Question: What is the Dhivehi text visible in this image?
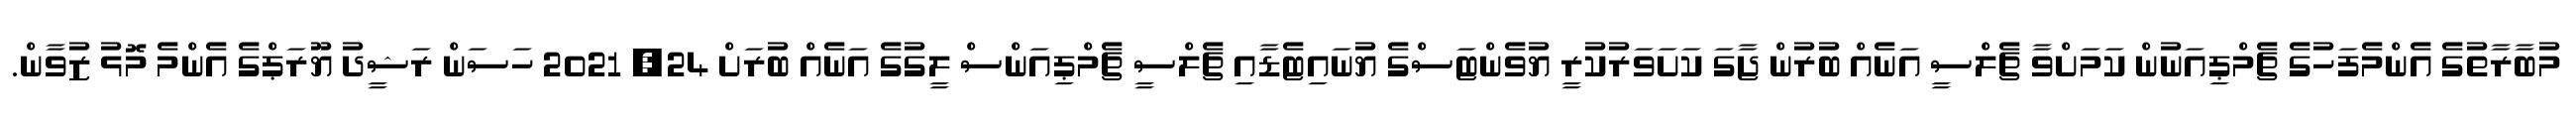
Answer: މުބާރާތުގެ އެންމެފަހުގެ ޗެމްޕިއަނުން ކަމަށްވާ ޗެލްސީ އަނެއް ބުރުން ޖާގަ ކަށަވަރުކުރީ ޔުވެންޓަސްގެ ޔުނައިޓެޑާއި ޗެލްސީ ޗެމްޕިއަންސް ލީގުގެ އަނެއް ބުރަށް 24, 2021 ހަސަން ރަޝީދު ޔޫރަޕްގެ އެންމެ މޮޅު ޒުވާން.